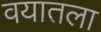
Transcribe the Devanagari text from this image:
वयातला